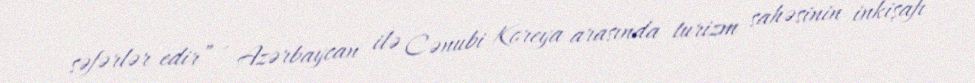
səfərlər edir” - Azərbaycan ilə Cənubi Koreya arasında turizm sahəsinin inkişafı